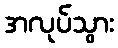
အလုပ်သွား